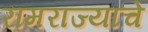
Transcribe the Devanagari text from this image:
रामराज्याचे